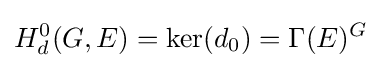
H_{d}^{0}(G,E)=\ker(d_{0})=\Gamma (E)^{G}